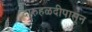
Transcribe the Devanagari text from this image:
दारुहळदीपासून